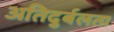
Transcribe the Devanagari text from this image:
अतिदुर्बलता